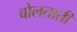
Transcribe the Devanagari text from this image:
बोलताती